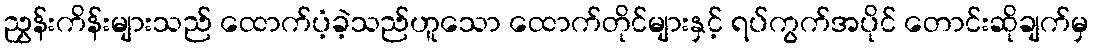
ညွှန်းကိန်းများသည် ထောက်ပံ့ခဲ့သည်ဟူသော ထောက်တိုင်များနှင့် ရပ်ကွက်အပိုင် တောင်းဆိုချက်မှ